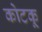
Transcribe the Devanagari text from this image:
कोटकू